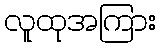
လူထုအကြား